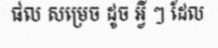
ផល សម្រេច ដូច អ្វី ៗ ដែល